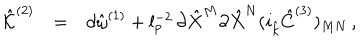
LaTeX: \begin{array} { r c l } { { { \hat { \cal K } } ^ { ( 2 ) } } } & { { = } } & { { d { \hat { \omega } } ^ { ( 1 ) } + l _ { p } ^ { - 2 } \, \partial { \hat { X } } ^ { M } \partial { \hat { X } } ^ { N } ( i _ { \hat { k } } { \hat { C } } ^ { ( 3 ) } ) _ { M N } \, , } } \\ \end{array}